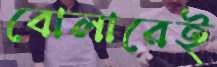
বোলারেই